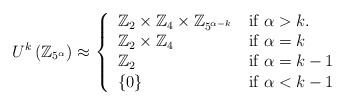
LaTeX: \begin{align*}U^{k}\left( \mathbb{Z}_{5^{\alpha}}\right) \approx\left\{\begin{tabular}[c]{ll}$\mathbb{Z}_{2}\times\mathbb{Z}_{4}\times\mathbb{Z}_{5^{\alpha-k}}$ & if $\alpha>k.$\\$\mathbb{Z}_{2}\times\mathbb{Z}_{4}$ & if $\alpha=k$\\$\mathbb{Z}_{2}$ & if $\alpha=k-1$\\$\left\{ 0\right\} $ & if $\alpha<k-1$\end{tabular}\right.\end{align*}